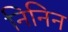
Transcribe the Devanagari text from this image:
निनिन